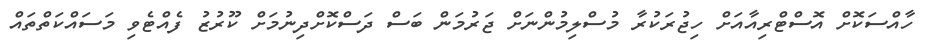
ހާއްސަކޮށް އޮސްޓްރިއާއަށް ހިޖުރަކުރާ މުސްލިމުންނަށް ޖަރުމަން ބަސް ދަސްކޮށްދިނުމަށް ކޫރުޒު ފެއްޓެވި މަސައްކަތްތައް